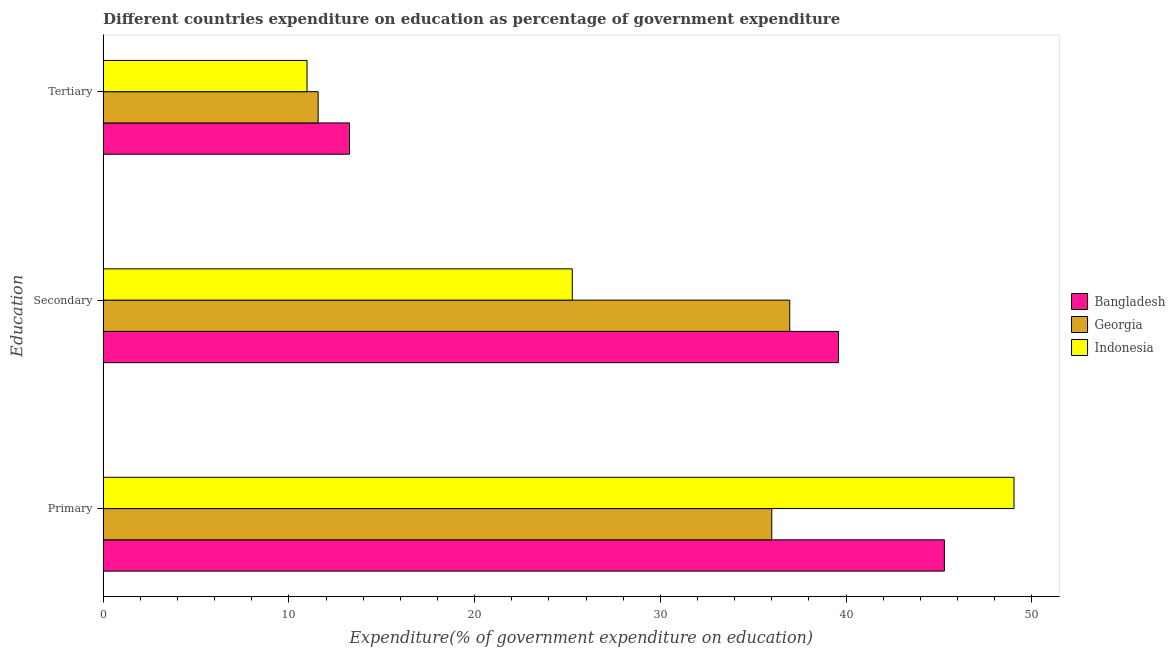
| Education | Bangladesh | Georgia | Indonesia |
 | --- | --- | --- | --- |
 | Primary | 45.3 | 36 | 49 |
 | Secondary | 39.6 | 37 | 25.3 |
 | Tertiary | 13.3 | 11.6 | 11 |